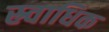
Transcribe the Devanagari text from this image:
स्र्वाधिक